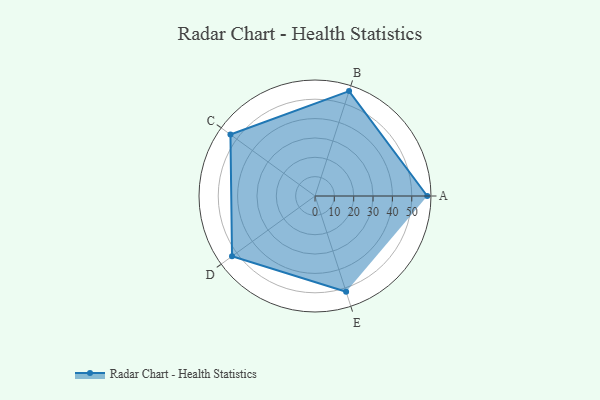
{"axis": {"x": "Skill", "y": "Score"}, "legend": ["Profile"], "data": [{"x": "A", "y": 58.0, "type": "Profile"}, {"x": "B", "y": 57.0, "type": "Profile"}, {"x": "C", "y": 54.0, "type": "Profile"}, {"x": "D", "y": 53.0, "type": "Profile"}, {"x": "E", "y": 52.0, "type": "Profile"}]}